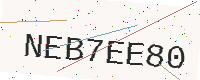
Text: NEB7EE80